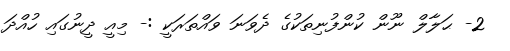
2- ޙަލާލް ނޫން ކުންފުނިތަކުގެ ދެވަނަ ވައްތަރަކީ :- މިއީ ދީނުގައި ހުއްދަ